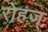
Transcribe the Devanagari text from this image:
रोहज्